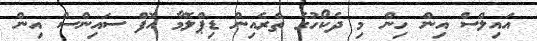
އައިލްސް އިން ހިން މި ދެކޯހުގެ ތެރެއިން ޑިޕްލޮމާ އޮފް ސައިންސް އިން